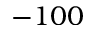
- 1 0 0